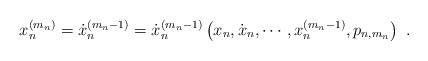
\begin{align*}x_n^{(m_n)}=\dot{x}_n^{(m_n-1)}=\dot{x}_n^{(m_n-1)}\left(x_n,\dot{x}_n,\cdots,x_n^{(m_n-1)},p_{n,m_n}\right)\ .\end{align*}